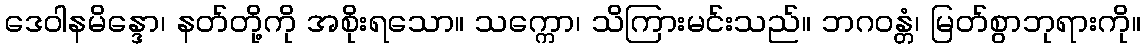
ဒေဝါနမိန္ဒော၊ နတ်တို့ကို အစိုးရသော။ သက္ကော၊ သိကြားမင်းသည်။ ဘဂဝန္တံ၊ မြတ်စွာဘုရားကို။